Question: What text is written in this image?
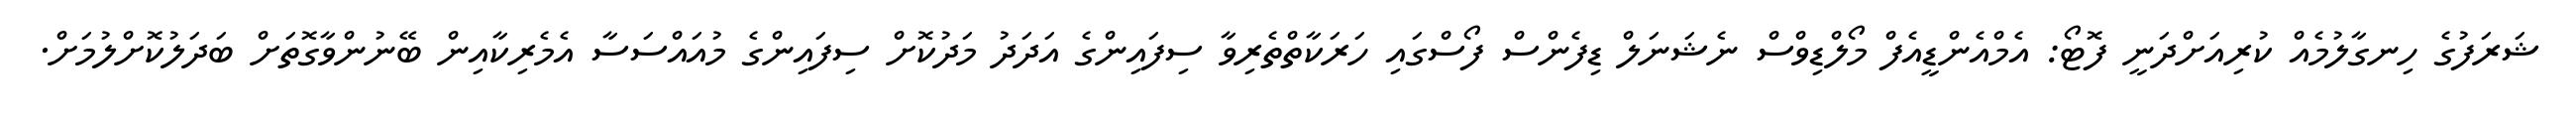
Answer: ޝަރަފުގެ ހިނގާލުމެއް ކުރިއަށްދަނީ ފޮޓޯ: އެމްއެންޑީއެފް މޯލްޑިވްސް ނެޝަނަލް ޑިފެންސް ފޯސްގައި ހަރަކާތްތެރިވާ ސިފައިންގެ އަދަދު މަދުކޮށް ސިފައިންގެ މުއައްސަސާ އެމެރިކާއިން ބޭނުންވާގޮތަށް ބަދަލުކޮށްލުމަށް.